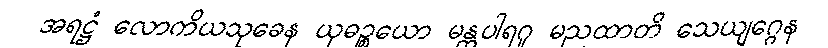
အရဋ္ဌံ လောကိယသုခေန ယုဓဉ္စယော မန္တပါရဂူ မညထာတိ သေယျဂ္ဂေန